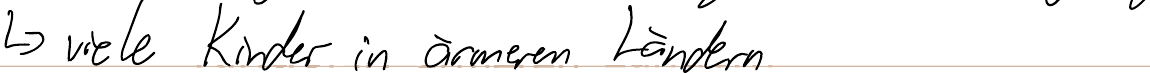
-> viele Kinder in ärmeren Ländern